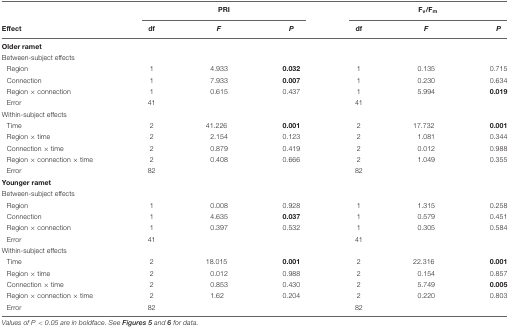
|  | <COLSPAN=3> PRI | <COLSPAN=3> Fv/Fm |
 | Effect | df | F | P | df | F | P |
 | --- | --- | --- | --- | --- | --- | --- |
 | Older ramet |  |  |  |  |  |  |
 | Between-subject effects |  |  |  |  |  |  |
 | Region | 1 | 4.933 | 0.032 | 1 | 0.135 | 0.715 |
 | Connection | 1 | 7.933 | 0.007 | 1 | 0.230 | 0.634 |
 | Region × connection | 1 | 0.615 | 0.437 | 1 | 5.994 | 0.019 |
 | Error | 41 |  |  | 41 |  |  |
 | Within-subject effects |  |  |  |  |  |  |
 | Time | 2 | 41.226 | 0.001 | 2 | 17.732 | 0.001 |
 | Region × time | 2 | 2.154 | 0.123 | 2 | 1.081 | 0.344 |
 | Connection × time | 2 | 0.879 | 0.419 | 2 | 0.012 | 0.988 |
 | Region × connection × time | 2 | 0.408 | 0.666 | 2 | 1.049 | 0.355 |
 | Error | 82 |  |  | 82 |  |  |
 | Younger ramet |  |  |  |  |  |  |
 | Between-subject effects |  |  |  |  |  |  |
 | Region | 1 | 0.008 | 0.928 | 1 | 1.315 | 0.258 |
 | Connection | 1 | 4.635 | 0.037 | 1 | 0.579 | 0.451 |
 | Region × connection | 1 | 0.397 | 0.532 | 1 | 0.305 | 0.584 |
 | Error | 41 |  |  | 41 |  |  |
 | Within-subject effects |  |  |  |  |  |  |
 | Time | 2 | 18.015 | 0.001 | 2 | 22.316 | 0.001 |
 | Region × time | 2 | 0.012 | 0.988 | 2 | 0.154 | 0.857 |
 | Connection × time | 2 | 0.853 | 0.430 | 2 | 5.749 | 0.005 |
 | Region × connection × time | 2 | 1.62 | 0.204 | 2 | 0.220 | 0.803 |
 | Error | 82 |  |  | 82 |  |  |